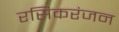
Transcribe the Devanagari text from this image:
रसिकरंजन